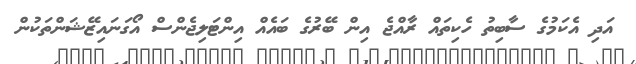
އަދި އެކަމުގެ ސާބިތު ހެކިތައް ރާއްޖެ އިން ބޭރުގެ ބައެއް އިންޓަލިޖެންސް އޯގަނައިޒޭޝަންތަކުން